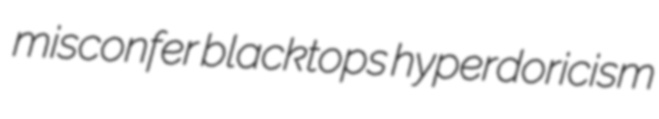
misconfer blacktops hyperdoricism